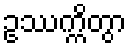
ဥဿက္ကိတွာ